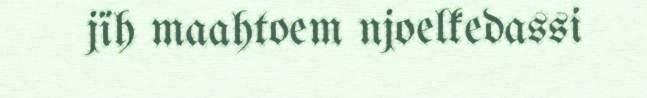
jïh maahtoem njoelkedassi